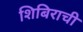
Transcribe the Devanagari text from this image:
शिबिराची